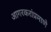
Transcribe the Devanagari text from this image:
आगरकरांप्रमाणे